Civil Veterinary Department Bengal reports 1923-33 - 1923-1933
Year: 1923
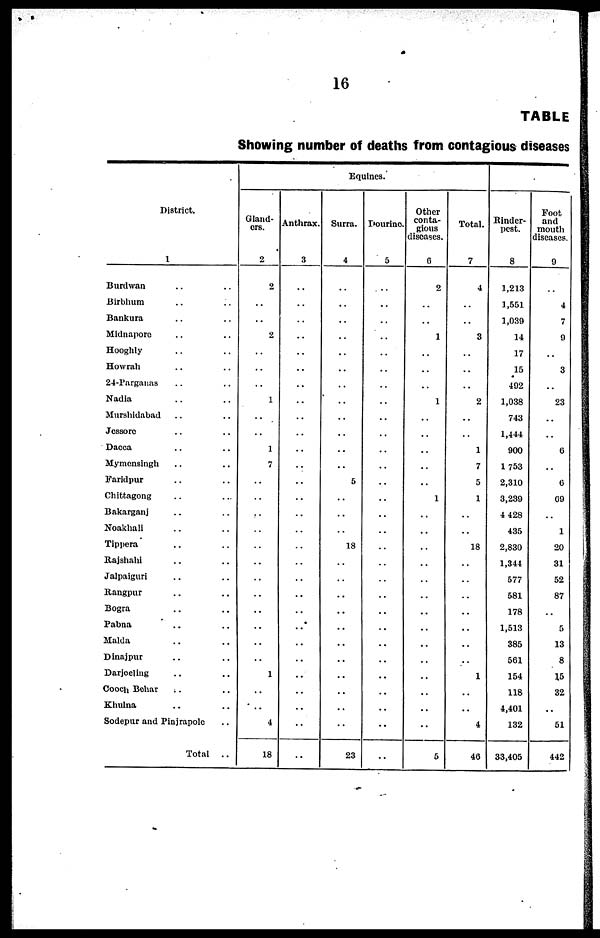
16
TABLE
Showing number of deaths from contagious diseases
District.
1
Burdwan .. ..
Birbhum .. ..
Bankura .. ..
Midnapore .. ..
Hooghly .. ..
Howrah .. ..
24-Parganas .. ..
Nadia .. ..
Murshidabad .. ..
Jessore .. ..
Dacca .. ..
Mymensingh .. ..
Faridpur .. ..
Chittagong .. ..
Bakarganj .. ..
Noakhali .. ..
Tippera .. ..
Rajshahi .. ..
Jalpaiguri .. ..
Rangpur .. ..
Bogra .. ..
Pabna .. ..
Malda .. ..
Dinajpur .. ..
Darjeeling .. ..
Cooch Bohar .. ..
Khulna .. ..
Sodepur and Pinjrapole ..
Total
..
Equines.
Gland-
ers.
2
2
..
..
2
..
..
..
1
..
..
1
7
..
..
..
..
..
..
..
..
..
..
..
..
1
..
..
4
18
Anthrax.
3
..
..
..
..
..
..
..
..
..
..
..
..
..
..
..
..
..
..
..
..
..
..
..
..
..
..
..
..
..
Surra.
4
..
..
..
..
..
..
..
..
..
..
..
..
5
..
..
..
18
..
..
..
..
..
..
..
..
..
..
..
23
Dourine.
5
..
..
..
..
..
..
..
..
..
..
..
..
..
..
..
..
..
..
..
..
..
..
..
..
..
..
..
..
..
Other
conta-
gious
diseases. 6
2
..
..
1
..
..
..
1
..
..
..
..
..
1
..
..
..
..
..
..
..
..
..
..
..
..
..
..
5
Total.
7
4
..
..
3
..
..
2
..
..
1
7
5
1
..
..
18
..
..
..
..
..
..
..
1
..
..
4
46
Kinder-
pest. 8
1,213
1,551
1,039
14
17
15
492
1,038
743
1,444
900
1753
2,310
3,239
4 428
435
2,830
1,344
577
581
178
1,513
385
561
154
118
4,401
132
33,405
Foot
and
mouth
diseases.
9
..
4
7
9
..
3
..
23
..
..
6
..
6
69
..
1
20
31
52
87
..
5
13
8
15
32
..
51
442